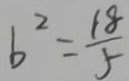
b ^ { 2 } = \frac { 1 8 } { 5 }